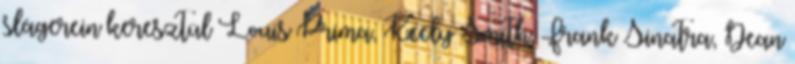
slágerein keresztül Louis Prima, Keely Smith, Frank Sinatra, Dean